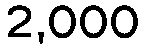
2,000